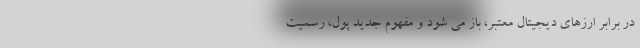
در برابر ارزهای دیجیتال معتبر، باز می شود و مفهوم جدید پول، رسمیت